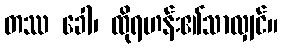
တဿ ခေါ၊ ထိုရဟန်း၏သာလျှင်။